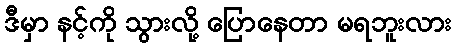
ဒီမှာ နင့်ကို သွားလို့ ပြောနေတာ မရဘူးလား